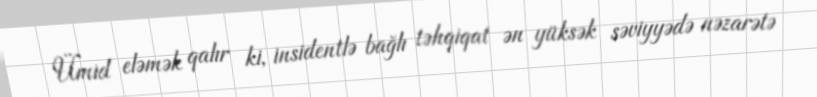
Ümid eləmək qalır ki, insidentlə bağlı təhqiqat ən yüksək səviyyədə nəzarətə